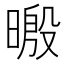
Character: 𣉥